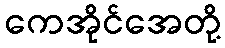
ကေအိုင်အေတို့